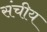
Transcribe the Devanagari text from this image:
संचीय